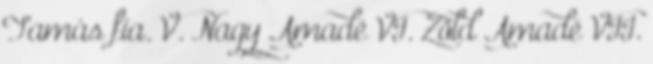
Tamás fia. V. Nagy Amadé VI. Zöld Amadé VII.